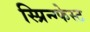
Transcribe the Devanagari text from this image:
स्प्रिन्ग्फेस्ट